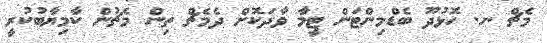
މެޗް ނ. ހޮޅުދޫ ބެޑްމިންޓަން ޓީމާ ވާދަކޮށް ދެމެޗް ތިން މެޗުން ކާމިޔާބުކުރީ